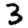
Digit: 3